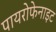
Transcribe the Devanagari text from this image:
पायरोफेनाइट